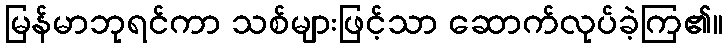
မြန်မာဘုရင်ကာ သစ်များဖြင့်သာ ဆောက်လုပ်ခဲ့ကြ၏။